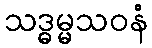
သဒ္ဓမ္မသဝနံ